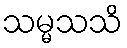
သမ္မသသိ